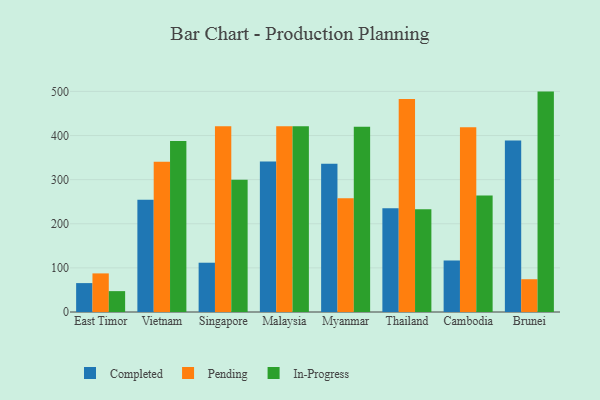
{"axis": {"x": "Country", "y": "Latency (ms)"}, "legend": ["Completed", "In-Progress", "Pending"], "data": [{"x": "East Timor", "y": 65.5, "type": "Completed"}, {"x": "East Timor", "y": 87.5, "type": "Pending"}, {"x": "East Timor", "y": 47.3, "type": "In-Progress"}, {"x": "Vietnam", "y": 254.7, "type": "Completed"}, {"x": "Vietnam", "y": 340.4, "type": "Pending"}, {"x": "Vietnam", "y": 387.8, "type": "In-Progress"}, {"x": "Singapore", "y": 111.7, "type": "Completed"}, {"x": "Singapore", "y": 421.2, "type": "Pending"}, {"x": "Singapore", "y": 299.6, "type": "In-Progress"}, {"x": "Malaysia", "y": 340.9, "type": "Completed"}, {"x": "Malaysia", "y": 420.9, "type": "Pending"}, {"x": "Malaysia", "y": 421.2, "type": "In-Progress"}, {"x": "Myanmar", "y": 335.9, "type": "Completed"}, {"x": "Myanmar", "y": 257.6, "type": "Pending"}, {"x": "Myanmar", "y": 419.9, "type": "In-Progress"}, {"x": "Thailand", "y": 235.1, "type": "Completed"}, {"x": "Thailand", "y": 482.8, "type": "Pending"}, {"x": "Thailand", "y": 232.8, "type": "In-Progress"}, {"x": "Cambodia", "y": 116.5, "type": "Completed"}, {"x": "Cambodia", "y": 418.6, "type": "Pending"}, {"x": "Cambodia", "y": 263.8, "type": "In-Progress"}, {"x": "Brunei", "y": 388.5, "type": "Completed"}, {"x": "Brunei", "y": 74.3, "type": "Pending"}, {"x": "Brunei", "y": 499.6, "type": "In-Progress"}]}